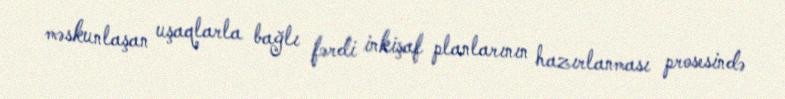
məskunlaşan uşaqlarla bağlı fərdi inkişaf planlarının hazırlanması prosesində